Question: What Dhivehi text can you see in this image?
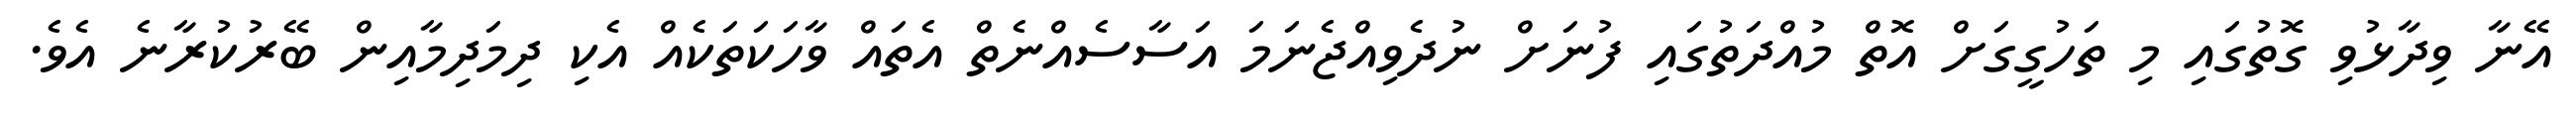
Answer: އޭނާ ވިދާޅުވި ގޮތުގައި މި ތަހުގީގަށް އޮތް މުއްދަތުގައި ފުނަށް ނުދެވިއްޖެނަމަ އަސާސެއްނެތް އެތައް ވާހަކަތަކެއް އެކި ދިމަދިމާއިން ބޭރުކުރާނެ އެވެ.